Annual administration report of the Civil Veterinary Department of India - 1896-1897
Year: 1896
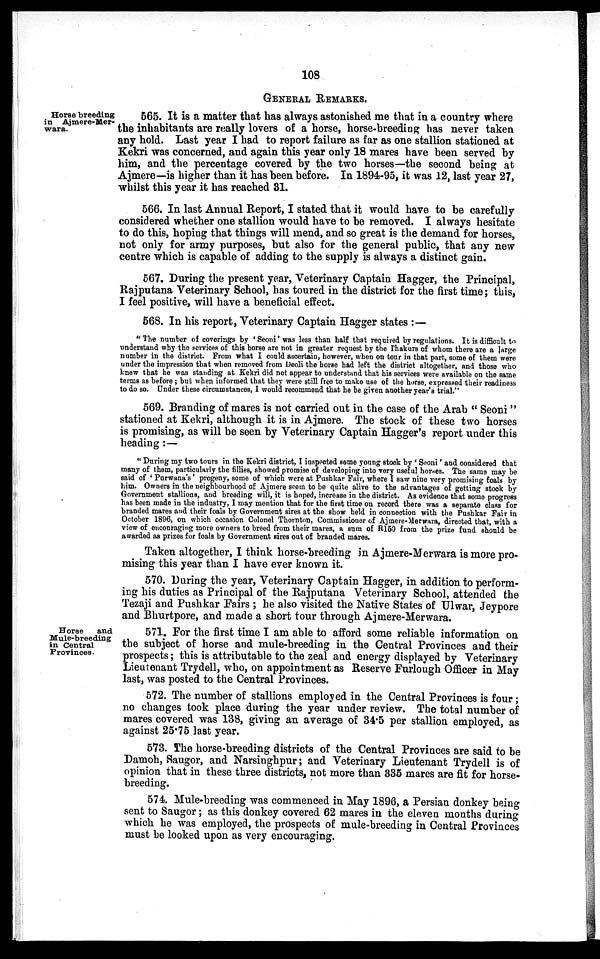
108
GENERAL REMARKS.
Horse breeding
in Ajmere-Mer-
wara.
565. It is a matter that has always astonished me that in a country where
the inhabitants are really lovers of a horse, horse-breeding has never taken
any hold. Last year I had to report failure as far as one stallion stationed at
Kekri was concerned, and again this year only 18 mares have been served by
him, and the percentage covered by the two horses—the second being at
Ajmere—is higher than it has been before. In 1894-95, it was 12, last year 27,
whilst this year it has reached 31.
566. In last Annual Report, I stated that it would have to be carefully
considered whether one stallion would have to be removed. I always hesitate
to do this, hoping that things will mend, and so great is the demand for horses,
not only for army purposes, but also for the general public, that any new
centre which is capable of adding to the supply is always a distinct gain.
567. During the present year, Veterinary Captain Hagger, the Principal,
Rajputana Veterinary School, has toured in the district for the first time; this,
I feel positive, will have a beneficial effect.
568. In his report, Veterinary Captain Hagger states :—
"The number of coverings by 'Seoni'was less than half that required by regulations. It is difficult to
understand why the services of this horse are not in greater request by the Thakurs of whom there are a large
number in the district. From what I could ascertain, however, when on tour in that part, some of them were
under the impression that when removed from Deoli the horse had left the district altogether, and those who
knew that he was standing at Kekri did not appear to understand that his services were available on the same
terms as before; but when informed that they were still free to make use of the horse, expressed their readiness
to do so. Under these circumstances, I would recommend that he be given another year's trial."
569. Branding of mares is not carried out in the case of the Arab "Seoni"
stationed at Kekri, although it is in Ajmere. The stock of these two horses
is promising, as will be seen by Veterinary Captain Hagger's report under this
heading:—
"During my two tours in the Kekri district, I inspected some young stock by 'Seoni' and considered that
many of them, particularly the fillies, showed promise of developing into very useful horses. The same may be
said of 'Purwana's' progeny, some of which were at Pushkar Fair, where I saw nine very promising foals by
him. Owners in the neighbourhood of Ajmere seem to be quite alive to the advantages of getting stock by
Government stallions, and breeding will, it is hoped, increase in the district. As evidence that some progress
has been made in the industry, I may mention that for the first time on record there was a separate class for
branded mares and their foals by Government sires at the show held in connection with the Pushkar Fair in
October 1896, on which occasion Colonel Thornton, Commissioner of Ajmere-Merwara, directed that, with a
view of encouraging more owners to breed from their mares, a sum of R150 from the prize fund should be
awarded as prizes for foals by Government sires out of branded mares.
Taken altogether, I think horse-breeding in Ajmere-Merwara is more pro-
mising this year than I have ever known it.
570. During the year, Veterinary Captain Hagger, in addition to perform-
ing his duties as Principal of the Rajputana Veterinary School, attended the
Tezaji and Pushkar Fairs; he also visited the Native States of Ulwar, Jeypore
and Bhurtpore, and made a short tour through Ajmere-Merwara.
Horse
and
Mule-breeding
in Central
Provinces.
571. For the first time I am able to afford some reliable information on
the subject of horse and mule-breeding in the Central Provinces and their
prospects; this is attributable to the zeal and energy displayed by Veterinary
Lieutenant Trydell, who, on appointment as Reserve Furlough Officer in May
last, was posted to the Central Provinces.
572. The number of stallions employed in the Central Provinces is four;
no changes took place during the year under review. The total number of
mares covered was 138, giving an average of 34.5 per stallion employed, as
against 25.75 last year.
573. The horse-breeding districts of the Central Provinces are said to be
Damoh, Saugor, and Narsinghpur; and Veterinary Lieutenant Trydell is of
opinion that in these three districts, not more than 335 mares are fit for horse-
breeding.
574. Mule-breeding was commenced in May 1896, a Persian donkey being
sent to Saugor; as this donkey covered 62 mares in the eleven months during
which he was employed, the prospects of mule-breeding in Central Provinces
must be looked upon as very encouraging.